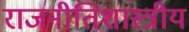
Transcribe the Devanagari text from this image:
राजनीतिशास्त्रीय